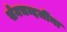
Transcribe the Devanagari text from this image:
खेमचन्दजींना